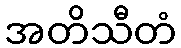
အတိသီတံ